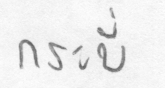
กระบี่